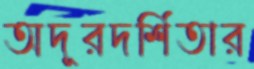
অদূরদর্শিতার